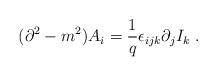
\begin{align*}(\partial ^{2}-m^{2})A_{i}=\frac{1}{q}\epsilon _{ijk}\partial _{j}I_{k}\;.\end{align*}